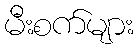
မီးစက်များ